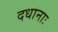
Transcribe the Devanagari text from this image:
दधानाः